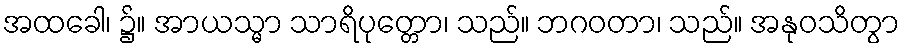
အထခေါ၊ ၌။ အာယသ္မာ သာရိပုတ္တော၊ သည်။ ဘဂဝတာ၊ သည်။ အနုဝသိတွာ